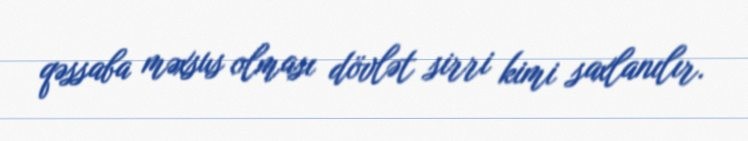
qəssaba məxsus olması dövlət sirri kimi saxlanılır.